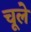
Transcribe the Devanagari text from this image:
चूले